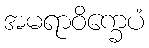
အမရာဝိက္ခေပံ